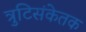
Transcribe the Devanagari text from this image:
त्रुटिसंकेतक